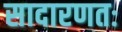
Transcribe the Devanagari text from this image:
सादारणतः